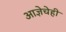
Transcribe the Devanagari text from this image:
आज्ञेचेही